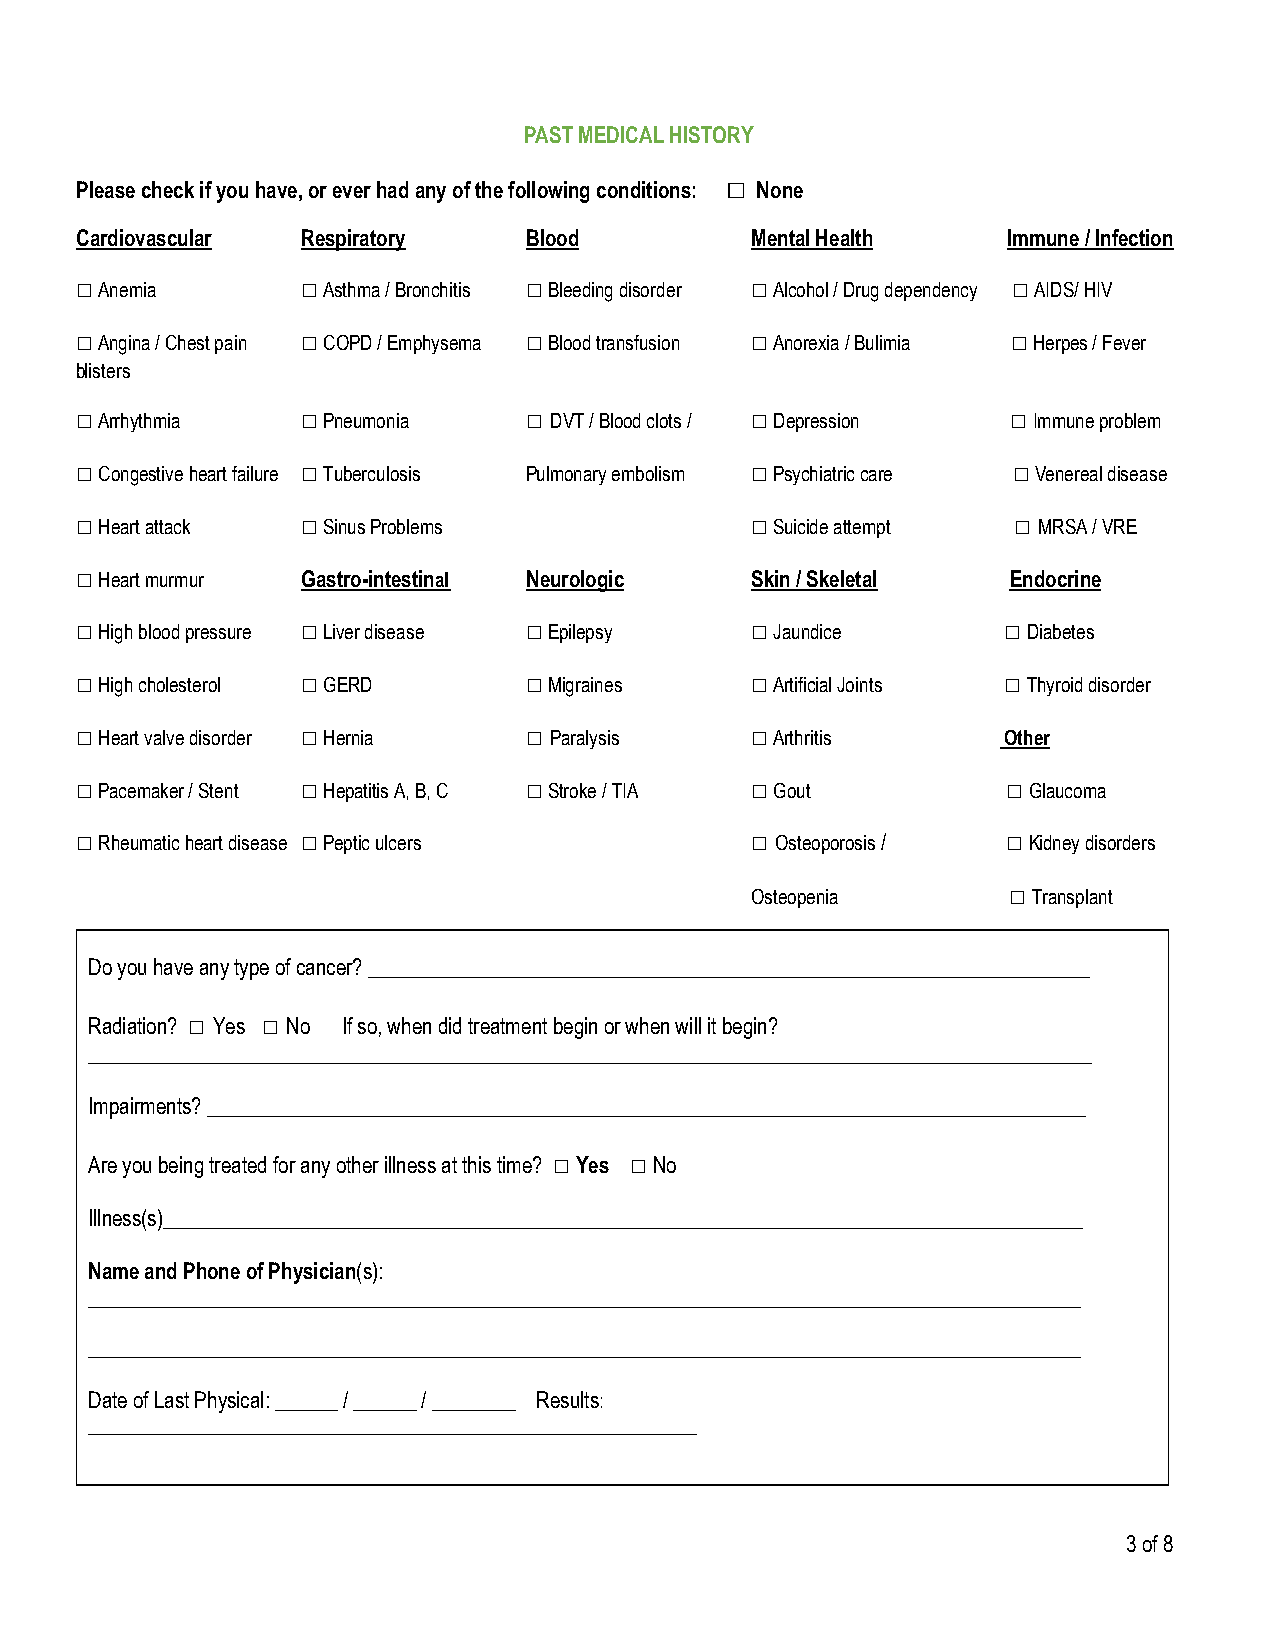
PAST MEDICAL HISTORY
 □
 Please check if you have, or ever had any of the following conditions: None
 Cardiovascular Respiratory    Blood          Mental Health    Immune / Infection
 □              □              □              □                □
 Anemia        Asthma / Bronchitis Bleeding disorder Alcohol / Drug dependency AIDS/ HIV
 □              □              □              □                □
 Angina / Chest pain COPD / Emphysema Blood transfusion Anorexia / Bulimia Herpes / Fever
 blisters
 □              □              □              □                □
 Arrhythmia    Pneumonia      DVT / Blood clots / Depression  Immune problem
 □              □                             □                □
 Congestive heart failure Tuberculosis Pulmonary embolism Psychiatric care Venereal disease
 □              □                             □                □
 Heart attack  Sinus Problems                Suicide attempt   MRSA / VRE
 □ Heart murmur Gastro-intestinal Neurologic  Skin / Skeletal  Endocrine
 □              □              □              □                □
 High blood pressure Liver disease Epilepsy  Jaundice         Diabetes
 □              □              □              □                □
 High cholesterol GERD        Migraines      Artificial Joints Thyroid disorder
 □              □              □              □
 Heart valve disorder Hernia  Paralysis      Arthritis       Other
 □              □              □              □                □
 Pacemaker / Stent Hepatitis A, B, C Stroke / TIA Gout        Glaucoma
 □ Rheumatic heart disease □ Peptic ulcers    □ Osteoporosis / □ Kidney disorders
 □
 Osteopenia        Transplant
 Do you have any type of cancer? _____________________________________________________________________
 Radiation? □ Yes □ No If so, when did treatment begin or when will it begin?
 ________________________________________________________________________________________________
 Impairments? ____________________________________________________________________________________
 Are you being treated for any other illness at this time? □ Yes □ No
 Illness(s)________________________________________________________________________________________
 Name and Phone of Physician(s):
 _______________________________________________________________________________________________
 _______________________________________________________________________________________________
 Date of Last Physical: ______ / ______ / ________ Results:
 ________________________________________________________________
 3 of 8